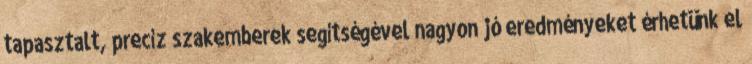
tapasztalt, precíz szakemberek segítségével nagyon jó eredményeket érhetünk el